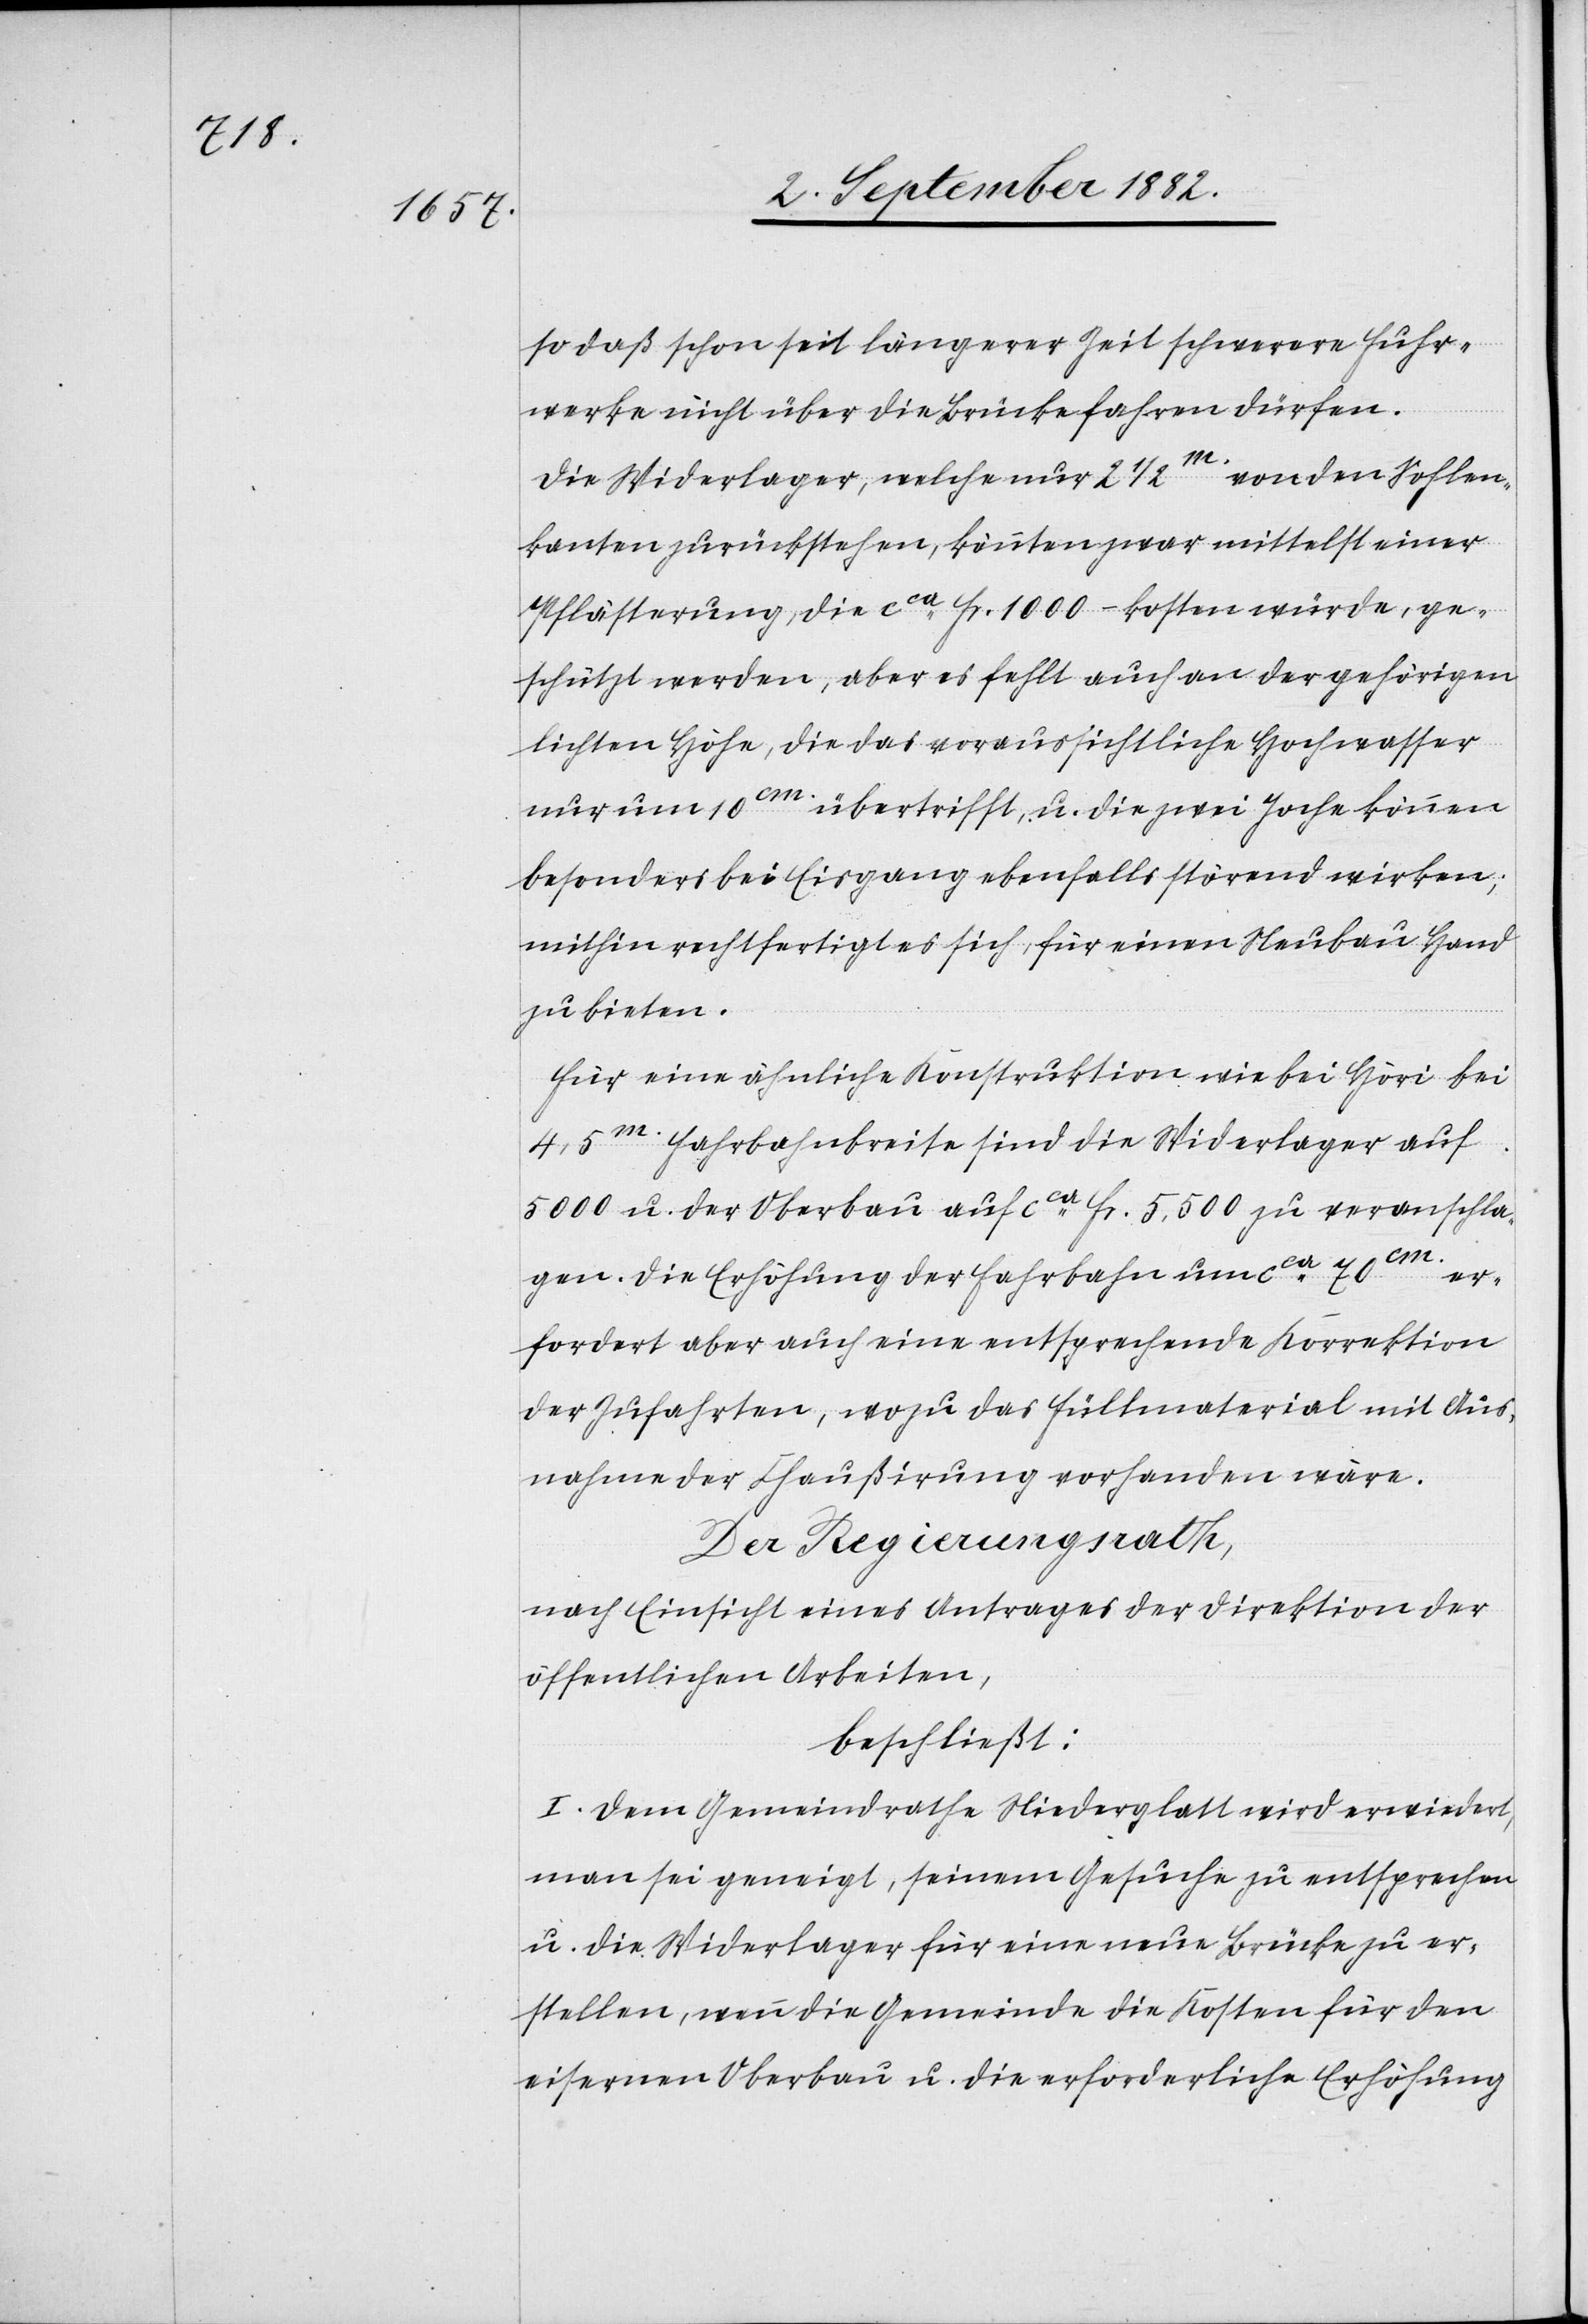
so daß schon seit längerer Zeit schwere Fuhr¬
werke nicht über die Brücke fahren dürfen.
Die Widerlager, welche nur 2 1/2m von den Sohlen¬
kanten zurückstehen, könnten zwar mittelst einer
Pflästerung, die ca Fr. 1000.– kosten würde, ge¬
schützt werden, aber es fehlt auch an der gehörigen
lichten Höhe, die das voraussichtliche Hochwasser
nur um 10cm übertrifft, u. die zwei Joche können
besonders bei Eisgang ebenfalls störend wirken;
mithin rechtfertigt es sich, für einen Neubau Hand
zu bieten.
Für eine ähnliche Konstruktion wie bei Höri bei
4,5m Fahrbahnbreite sind die Widerlager auf
5000 u. der Oberbau auf ca Fr. 5,500 zu veranschla¬
gen. Die Erhöhung der Fahrbahn um ca 70cm
erfordert aber auch eine entsprechende Korrektion
der Zufahrten, wozu das Füllmaterial mit Aus¬
nahme der Chaußirung vorhanden wäre.
Der Regierungsrath,
nach Einsicht eines Antrages der Direktion der
öffentlichen Arbeiten,
beschließt:
I. Dem Gemeindrathe Niederglatt wird erwidert,
man sei geneigt, seinem Gesuche zu entsprechen
u. die Widerlager für eine neue Brücke zu er¬
stellen, wenn die Gemeinde die Kosten für den
eisernen Oberbau u. die erforderliche Erhöhung